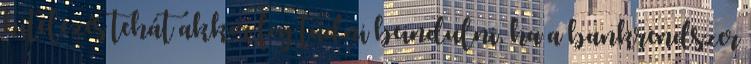
hitelezés tehát akkor fog tudni beindulni, ha a bankrendszer